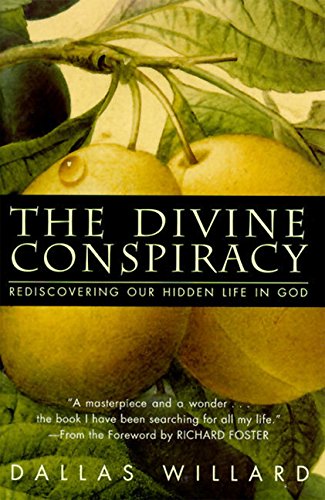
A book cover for The Divine Conspiracy: Rediscovering Our Hidden Life In God; Dallas Willard; Christian Books & Bibles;